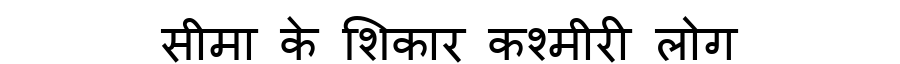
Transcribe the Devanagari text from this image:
सीमा के शिकार कश्मीरी लोग